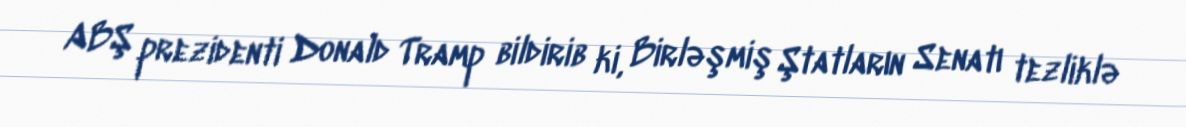
ABŞ prezidenti Donald Tramp bildirib ki, Birləşmiş Ştatların Senatı tezliklə